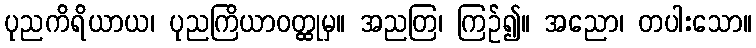
ပုညကိရိယာယ၊ ပုညကြိယာဝတ္ထုမှ။ အညတြ၊ ကြဉ်၍။ အညော၊ တပါးသော။